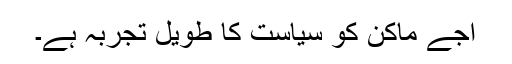
اجے ماکن کو سیاست کا طویل تجربہ ہے۔